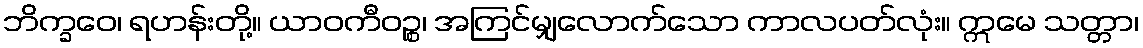
ဘိက္ခဝေ၊ ရဟန်းတို့။ ယာဝကီဝဉ္စ၊ အကြင်မျှလောက်သော ကာလပတ်လုံး။ ဣမေ သတ္တာ၊